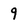
Character: 9